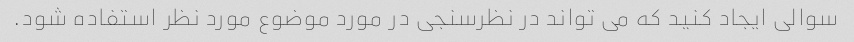
سوالی ایجاد کنید که می تواند در نظرسنجی در مورد موضوع مورد نظر استفاده شود.